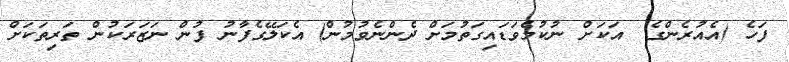
ފަހެ (އެއުރެންގެ  އަކަށް ނުކުމެވަޑައިގަތުމަށް ދެންނެވުމުން) އެކަލޭގެފާނު ފުން ނަޒަރަކުން ތަރިތަކަށް